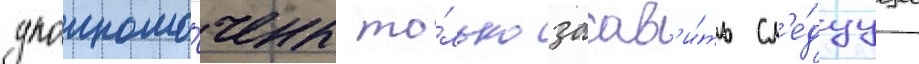
уполномо́чены то́лько заав'и́ть сл'е́дуущее